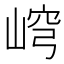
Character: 𡸕